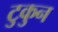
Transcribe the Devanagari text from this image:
टुकुन